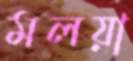
মলয়া